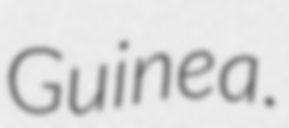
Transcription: Guinea.